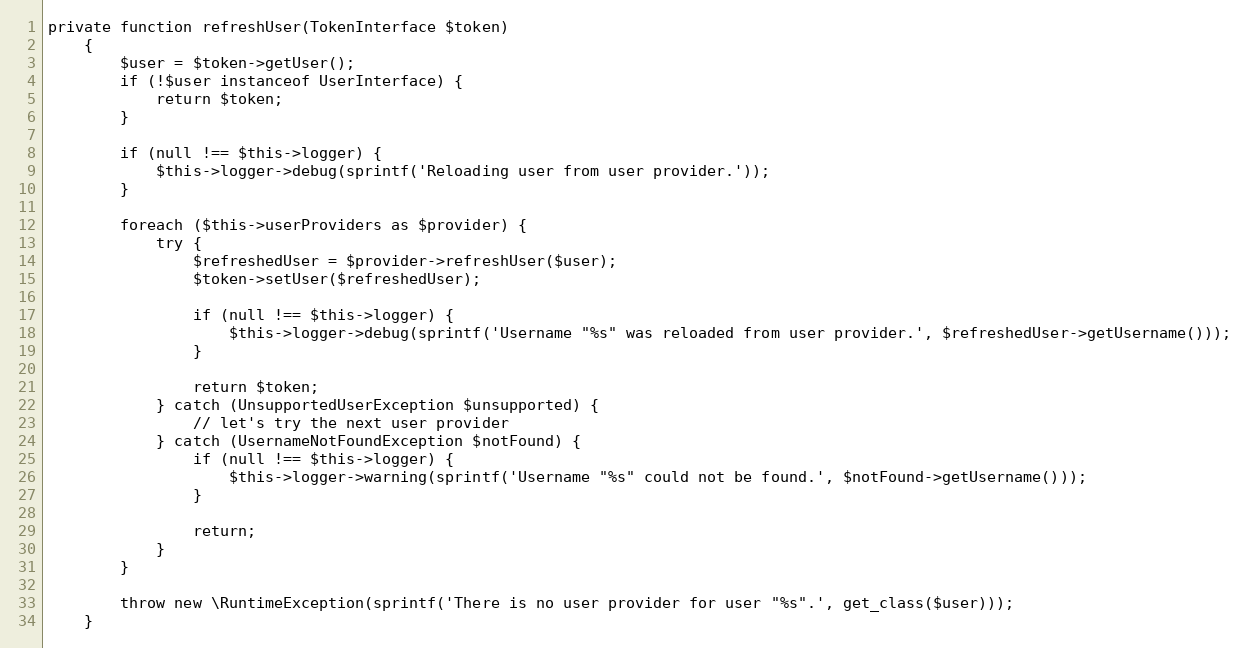
Language: PHP
private function refreshUser(TokenInterface $token)
    {
        $user = $token->getUser();
        if (!$user instanceof UserInterface) {
            return $token;
        }

        if (null !== $this->logger) {
            $this->logger->debug(sprintf('Reloading user from user provider.'));
        }

        foreach ($this->userProviders as $provider) {
            try {
                $refreshedUser = $provider->refreshUser($user);
                $token->setUser($refreshedUser);

                if (null !== $this->logger) {
                    $this->logger->debug(sprintf('Username "%s" was reloaded from user provider.', $refreshedUser->getUsername()));
                }

                return $token;
            } catch (UnsupportedUserException $unsupported) {
                // let's try the next user provider
            } catch (UsernameNotFoundException $notFound) {
                if (null !== $this->logger) {
                    $this->logger->warning(sprintf('Username "%s" could not be found.', $notFound->getUsername()));
                }

                return;
            }
        }

        throw new \RuntimeException(sprintf('There is no user provider for user "%s".', get_class($user)));
    }